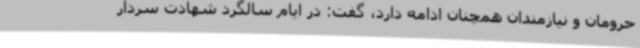
حرومان و نیازمندان همچنان ادامه دارد، گفت: در ایام سالگرد شهادت سردار